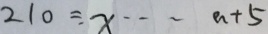
2 1 0 \div x \cdots a + 5